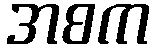
အစက